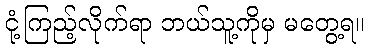
ငုံ့ကြည့်လိုက်ရာ ဘယ်သူ့ကိုမှ မတွေ့ရ။